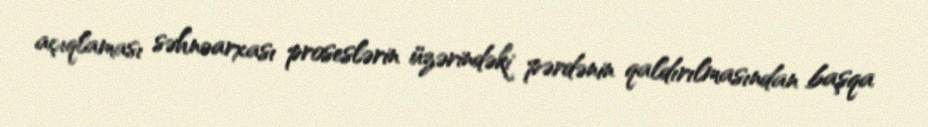
açıqlaması səhnəarxası proseslərin üzərindəki pərdənin qaldırılmasından başqa